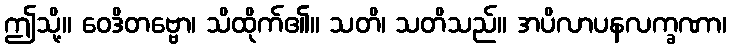
ဤသို့။ ဝေဒိတဗ္ဗော၊ သိထိုက်၏။ သတိ၊ သတိသည်။ အပိလာပနလက္ခဏာ၊